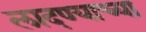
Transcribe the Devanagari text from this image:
लादण्याच्या